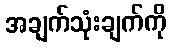
အချက်သုံးချက်ကို